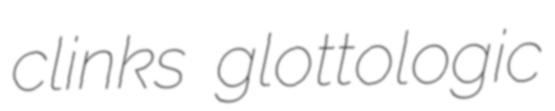
clinks glottologic